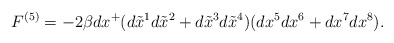
\begin{align*}F^{(5)} = - 2\beta dx^+ ( d\tilde{x}^1 d\tilde{x}^2 + d\tilde{x}^3 d\tilde{x}^4) ( dx^5 dx^6 + dx^7 dx^8 ).\end{align*}